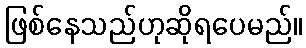
ဖြစ်နေသည်ဟုဆိုရပေမည်။